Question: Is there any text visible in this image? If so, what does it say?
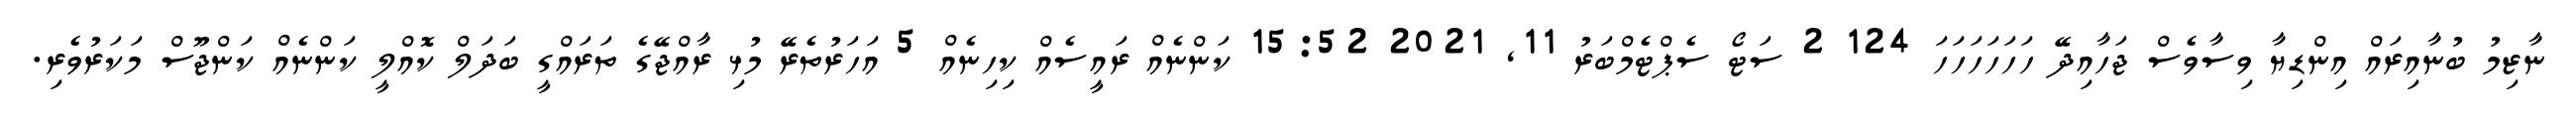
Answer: ނާޒިމު ބުނާއިރައް އިންޑިޔާ ވިސާވެސް ޖަހާއިދޭ ހަހަހަހަހަހަ 124 2 ސަޓޯ ސެޕްޓެމްބަރު 11, 2021 15:52 ކަންނެއް ރައީސެއް ކިހިނެއް 5 އަހަރުތެރޭ މުޅި ރާއްޖޭގެ ތަރައްގީ ބަދަލް ކޮއްލީ ކަންނެއް ކަންޖޫސް މަކަރުވެރި.